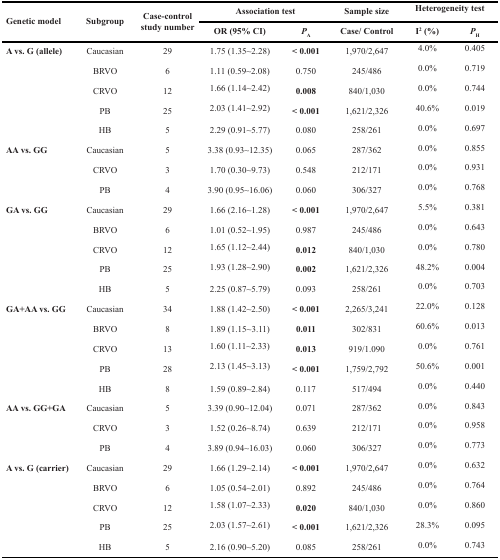
<table><thead><tr><td rowspan="2"><b>Genetic model</b></td><td rowspan="2"><b>Subgroup</b></td><td rowspan="2"><b>Case-control study number</b></td><td colspan="2"><b>Association test</b></td><td><b>Sample size</b></td><td colspan="2"><b>Heterogeneity test</b></td></tr><tr><td><b>OR (95% CI)</b></td><td><b><i>P</i><sub>A</sub></b></td><td><b>Case/ Control</b></td><td><b>I<sup>2</sup> (%)</b></td><td><b><i>P</i><sub>H</sub></b></td></tr></thead><tbody><tr><td><b>A vs. G (allele)</b></td><td>Caucasian</td><td>29</td><td>1.75 (1.35∼2.28)</td><td><b>&lt; 0.001</b></td><td>1,970/2,647</td><td>4.0%</td><td>0.405</td></tr><tr><td>[EMPTY_CELL]</td><td>BRVO</td><td>6</td><td>1.11 (0.59∼2.08)</td><td>0.750</td><td>245/486</td><td>0.0%</td><td>0.719</td></tr><tr><td>[EMPTY_CELL]</td><td>CRVO</td><td>12</td><td>1.66 (1.14∼2.42)</td><td><b>0.008</b></td><td>840/1,030</td><td>0.0%</td><td>0.744</td></tr><tr><td>[EMPTY_CELL]</td><td>PB</td><td>25</td><td>2.03 (1.41∼2.92)</td><td><b>&lt; 0.001</b></td><td>1,621/2,326</td><td>40.6%</td><td>0.019</td></tr><tr><td>[EMPTY_CELL]</td><td>HB</td><td>5</td><td>2.29 (0.91∼5.77)</td><td>0.080</td><td>258/261</td><td>0.0%</td><td>0.697</td></tr><tr><td><b>AA vs. GG</b></td><td>Caucasian</td><td>5</td><td>3.38 (0.93∼12.35)</td><td>0.065</td><td>287/362</td><td>0.0%</td><td>0.855</td></tr><tr><td>[EMPTY_CELL]</td><td>CRVO</td><td>3</td><td>1.70 (0.30∼9.73)</td><td>0.548</td><td>212/171</td><td>0.0%</td><td>0.931</td></tr><tr><td>[EMPTY_CELL]</td><td>PB</td><td>4</td><td>3.90 (0.95∼16.06)</td><td>0.060</td><td>306/327</td><td>0.0%</td><td>0.768</td></tr><tr><td><b>GA vs. GG</b></td><td>Caucasian</td><td>29</td><td>1.66 (2.16∼1.28)</td><td><b>&lt; 0.001</b></td><td>1,970/2,647</td><td>5.5%</td><td>0.381</td></tr><tr><td>[EMPTY_CELL]</td><td>BRVO</td><td>6</td><td>1.01 (0.52∼1.95)</td><td>0.987</td><td>245/486</td><td>0.0%</td><td>0.643</td></tr><tr><td>[EMPTY_CELL]</td><td>CRVO</td><td>12</td><td>1.65 (1.12∼2.44)</td><td><b>0.012</b></td><td>840/1,030</td><td>0.0%</td><td>0.780</td></tr><tr><td>[EMPTY_CELL]</td><td>PB</td><td>25</td><td>1.93 (1.28∼2.90)</td><td><b>0.002</b></td><td>1,621/2,326</td><td>48.2%</td><td>0.004</td></tr><tr><td>[EMPTY_CELL]</td><td>HB</td><td>5</td><td>2.25 (0.87∼5.79)</td><td>0.093</td><td>258/261</td><td>0.0%</td><td>0.703</td></tr><tr><td><b>GA+AA vs. GG</b></td><td>Caucasian</td><td>34</td><td>1.88 (1.42∼2.50)</td><td><b>&lt; 0.001</b></td><td>2,265/3,241</td><td>22.0%</td><td>0.128</td></tr><tr><td>[EMPTY_CELL]</td><td>BRVO</td><td>8</td><td>1.89 (1.15∼3.11)</td><td><b>0.011</b></td><td>302/831</td><td>60.6%</td><td>0.013</td></tr><tr><td>[EMPTY_CELL]</td><td>CRVO</td><td>13</td><td>1.60 (1.11∼2.33)</td><td><b>0.013</b></td><td>919/1.090</td><td>0.0%</td><td>0.761</td></tr><tr><td>[EMPTY_CELL]</td><td>PB</td><td>28</td><td>2.13 (1.45∼3.13)</td><td><b>&lt; 0.001</b></td><td>1,759/2,792</td><td>50.6%</td><td>0.001</td></tr><tr><td>[EMPTY_CELL]</td><td>HB</td><td>8</td><td>1.59 (0.89∼2.84)</td><td>0.117</td><td>517/494</td><td>0.0%</td><td>0.440</td></tr><tr><td><b>AA vs. GG+GA</b></td><td>Caucasian</td><td>5</td><td>3.39 (0.90∼12.04)</td><td>0.071</td><td>287/362</td><td>0.0%</td><td>0.843</td></tr><tr><td>[EMPTY_CELL]</td><td>CRVO</td><td>3</td><td>1.52 (0.26∼8.74)</td><td>0.639</td><td>212/171</td><td>0.0%</td><td>0.958</td></tr><tr><td>[EMPTY_CELL]</td><td>PB</td><td>4</td><td>3.89 (0.94∼16.03)</td><td>0.060</td><td>306/327</td><td>0.0%</td><td>0.773</td></tr><tr><td><b>A vs. G (carrier)</b></td><td>Caucasian</td><td>29</td><td>1.66 (1.29∼2.14)</td><td><b>&lt; 0.001</b></td><td>1,970/2,647</td><td>0.0%</td><td>0.632</td></tr><tr><td>[EMPTY_CELL]</td><td>BRVO</td><td>6</td><td>1.05 (0.54∼2.01)</td><td>0.892</td><td>245/486</td><td>0.0%</td><td>0.764</td></tr><tr><td>[EMPTY_CELL]</td><td>CRVO</td><td>12</td><td>1.58 (1.07∼2.33)</td><td><b>0.020</b></td><td>840/1,030</td><td>0.0%</td><td>0.860</td></tr><tr><td>[EMPTY_CELL]</td><td>PB</td><td>25</td><td>2.03 (1.57∼2.61)</td><td><b>&lt; 0.001</b></td><td>1,621/2,326</td><td>28.3%</td><td>0.095</td></tr><tr><td>[EMPTY_CELL]</td><td>HB</td><td>5</td><td>2.16 (0.90∼5.20)</td><td>0.085</td><td>258/261</td><td>0.0%</td><td>0.743</td></tr></tbody></table>